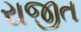
રાજીત